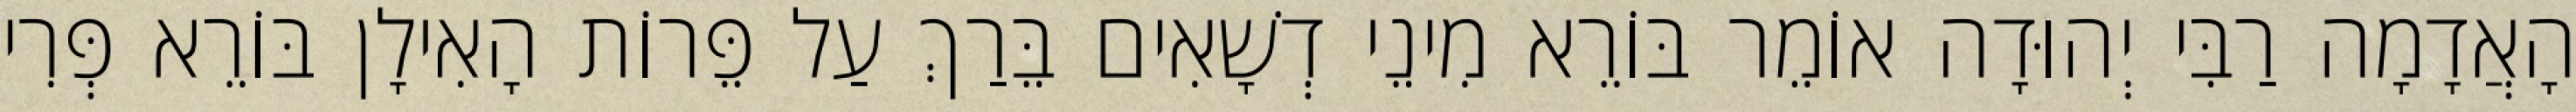
הָאֲדָמָה רַבִּי יְהוּדָה אוֹמֵר בּוֹרֵא מִינֵי דְשָׁאִים בֵּרַךְ עַל פֵּרוֹת הָאִילָן בּוֹרֵא פְּרִי